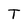
Character: T